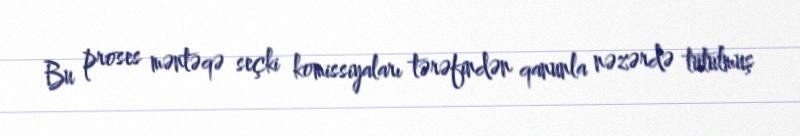
Bu proses məntəqə seçki komissiyaları tərəfindən qanunla nəzərdə tutulmuş